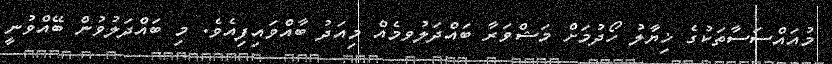
މުއައްސަސާތަކުގެ ޚިޔާލު ހޯދުމަށް މަޝްވަރާ ބައްދަލުވމެއް މިއަދު ބާއްވައިފިއެވެ. މި ބައްދަލުވުން ބޭއްވުނީ